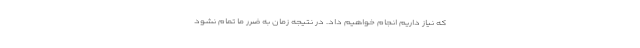
که نیاز داریم انجام خواهیم داد. در نتیجه زمان به ضرر ما تمام نشود